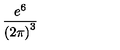
\frac { e ^ { 6 } } { \left( 2 \pi \right) ^ { 3 } }